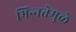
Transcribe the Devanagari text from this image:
भिन्‍नतेमुळे